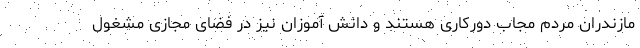
مازندران مردم مجاب دورکاری هستند و دانش آموزان نیز در فضای مجازی مشغول